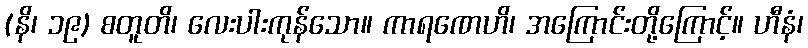
(နိ၊ ၁၉) စတူတိ၊ လေးပါးကုန်သော။ ကာရဏေဟိ၊ အကြောင်းတို့ကြောင့်။ ဟီနံ၊